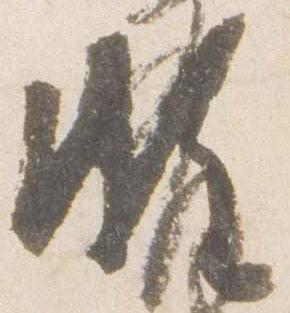
頗